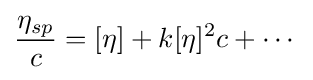
{\frac {\eta _{sp}}{c}}=[\eta ]+k[\eta ]^{2}c+\cdots